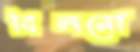
বিলনো